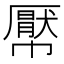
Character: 𢅠